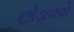
છોડાવવો